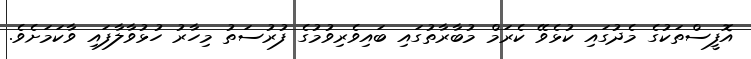
އޮފީސްތަކުގެ މެދުގައި ކުޅެވޭ ކެރަމް މުބާރާތުގައި ބައިވެރިވުމުގެ ފުރުސަތު މިހާރު ހުޅުވާލާފައި ވާކަމަށެވެ.